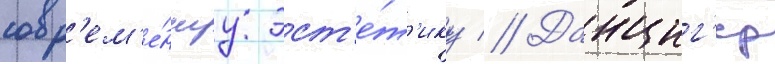
совр'ем'е́ннуу эст'е́т'ику // Данциг'ер